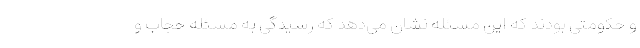
و حکومتی بودند که این مسئله نشان می‌دهد که رسیدگی به مسئله حجاب و